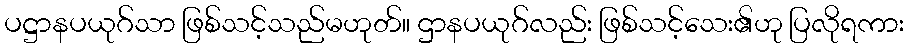
ပဋ္ဌာနပယုဂ်သာ ဖြစ်သင့်သည်မဟုတ်။ ဌာနပယုဂ်လည်း ဖြစ်သင့်သေး၏ဟု ပြလိုရကား